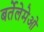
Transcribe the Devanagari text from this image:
बर्तेलेमेओ